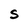
Character: S